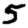
Digit: 5